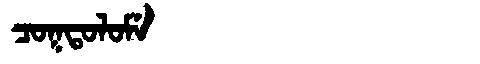
Manchu: ᠴᠣᡴᡨᠣᠯᠣᠮᡝ
Romanization: COKTOLOME